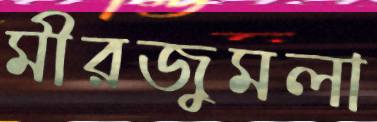
মীরজুমলা